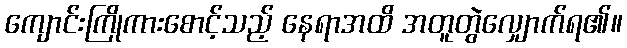
ကျောင်းကြိုကားစောင့်သည့် နေရာအထိ အတူတွဲလျှောက်ရ၏။